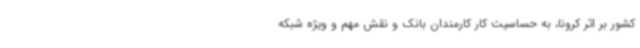
کشور بر اثر کرونا، به حساسیت کار کارمندان بانک و نقش مهم و ویژه شبکه